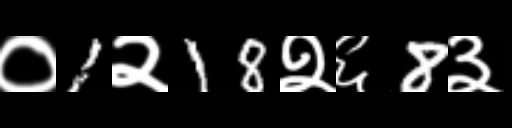
Text: ०1२18२६8३